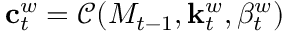
\mathbf { c } _ { t } ^ { w } = { \mathcal { C } } ( M _ { t - 1 } , \mathbf { k } _ { t } ^ { w } , \beta _ { t } ^ { w } )